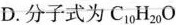
D. 分子式为C_{10}H_{20}O